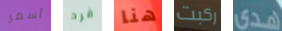
أسمر فرد هنا ركبت هدى